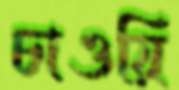
চাওয়ি